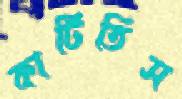
কাটিতিস